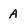
Character: A